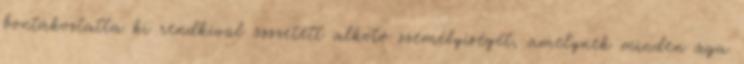
bontakoztatta ki rendkívül összetett alkotó személyiségét, amelynek minden ága